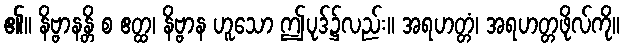
၏။ နိဗ္ဗာနန္တိ စ ဧတ္ထ၊ နိဗ္ဗာန ဟူသော ဤပုဒ်၌လည်း။ အရဟတ္တံ၊ အရဟတ္တဖိုလ်ကို။